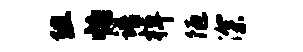
阻怕谱棹陋深